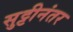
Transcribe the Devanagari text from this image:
सुट्टीनंतर